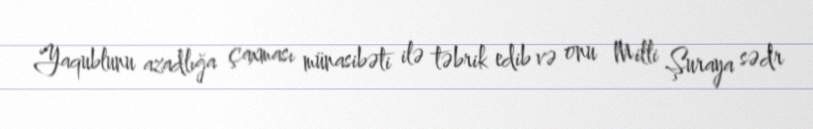
Yaqublunu azadlığa çaxması münasibəti ilə təbrik edib və onu Milli Şuraya sədr